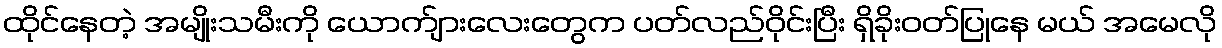
ထိုင်နေတဲ့ အမျိုးသမီးကို ယောက်ျားလေးတွေက ပတ်လည်ဝိုင်းပြီး ရှိခိုးဝတ်ပြုနေ မယ် အမေလို